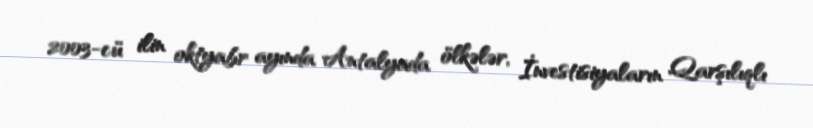
2003-cü ilin oktyabr ayında Antalyada ölkələr, İnvestisiyaların Qarşılıqlı